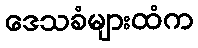
ဒေသခံများထံက